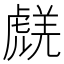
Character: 𧇞